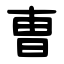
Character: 曺